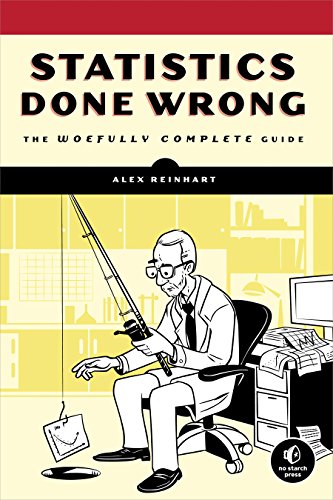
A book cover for Statistics Done Wrong: The Woefully Complete Guide; Alex Reinhart; Science & Math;